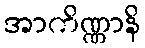
အာကိဏ္ဏာနိ